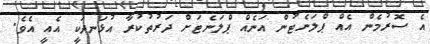
އެ ސޮރުމެން އެއް ޕްލަނެޓުން އަނެއް ޕްލަނެޓަށް ދަރުތުކުރާ އުޅަނދަކީ އެއީ އެވެ.